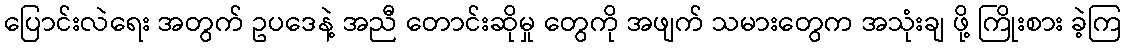
ပြောင်းလဲရေး အတွက် ဥပဒေနဲ့ အညီ တောင်းဆိုမှု တွေကို အဖျက် သမားတွေက အသုံးချ ဖို့ ကြိုးစား ခဲ့ကြ